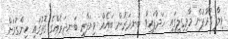
ވިލާ ގުރޫޕުން މާމިގިލީގައި ހަދާފައިވާ ބަނދަރުން ބައެއް ވިޔަފާރި ބަނދަރެއްގެ ގޮތުގައި ހިންގުމަށް